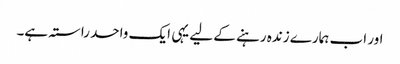
اور اب ہمارے زندہ رہنے کے لیے یہی ایک واحد راستہ ہے۔